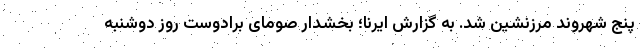
پنج شهروند مرزنشین شد. به گزارش ایرنا؛ بخشدار صومای برادوست روز دوشنبه